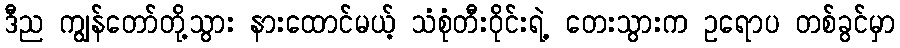
ဒီည ကျွန်တော်တို့သွား နားထောင်မယ့် သံစုံတီးဝိုင်းရဲ့ တေးသွားက ဥရောပ တစ်ခွင်မှာ